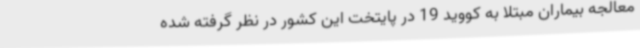
معالجه بیماران مبتلا به کووید 19 در پایتخت این کشور در نظر گرفته شده